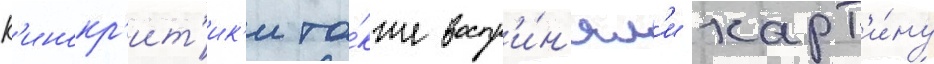
К'инокр'ит'ик'и та́кже воспр'и́н'ял'и карт'и́ну